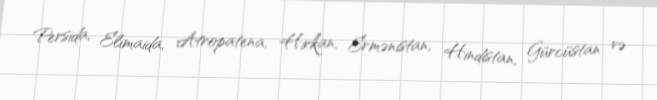
Persida, Elimaida, Atropatena, Hirkan, Ermənistan, Hindistan, Gürcüstan və